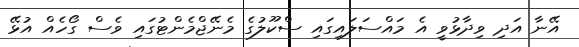
އޭނާ އަދި ވިދާޅުވީ އެ މައްސަލައިގައި ސްކޫލުގެ މެނޭޖްމެންޓުގައި ވެސް ގޯހެއް އުޅޭ